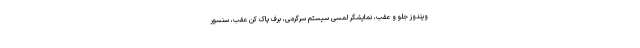
ویندوز جلو و عقب، نمایشگر لمسی سیستم سرگرمی، برف پاک کن عقب، سنسور